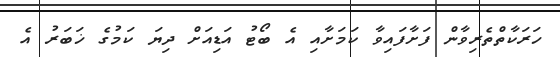
ހަރަކާތްތެރިވާން ފަށާފައިވާ ކަމަށާއި އެ ބޯޓު އަޑިއަށް ދިޔަ ކަމުގެ ޚަބަރު އެ